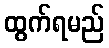
ထွက်ရမည်